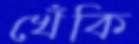
খেঁকি